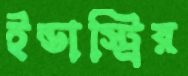
ইন্ডাস্ট্রির